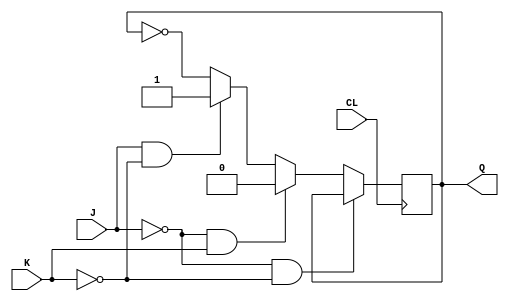
//20171593 Rhee Dong Hyun
module jk(J, K, CL, Q);
input J, K, CL;
output Q;
reg Q;
always @(negedge CL)
begin
if (!J && !K) Q <= Q;
else if (!J && K) Q <= 0;
else if (J && !K) Q <= 1;
else Q <= !Q;
end
endmodule